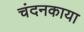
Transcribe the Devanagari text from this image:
चंदनकाया